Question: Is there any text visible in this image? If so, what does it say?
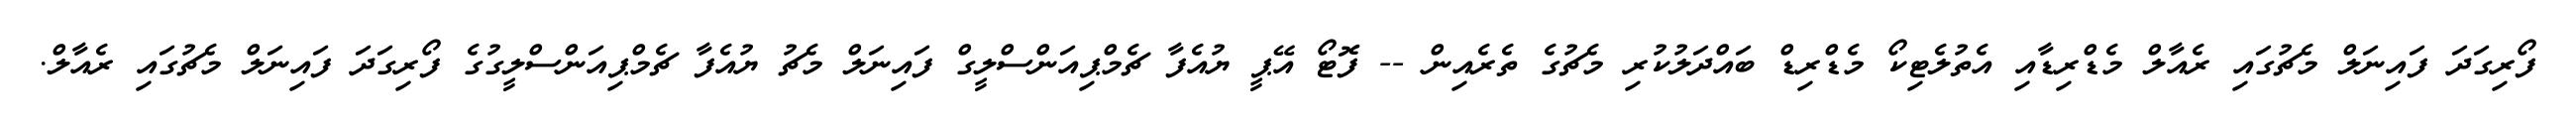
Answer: ފޯރިގަދަ ފައިނަލް މެޗުގައި ރެއާލް މެޑްރިޑާއި އެތުލެޓިކޯ މެޑްރިޑް ބައްދަލުކުރި މެޗުގެ ތެރެއިން -- ފޮޓޯ އޭޕީ ޔުއެފާ ޗެމްޕިއަންސްލީގް ފައިނަލް މެޗު ޔުއެފާ ޗެމްޕިއަންސްލީގުގެ ފޯރިގަދަ ފައިނަލް މެޗުގައި ރެއާލް.